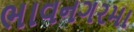
ભાવનગરમા